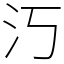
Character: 汅